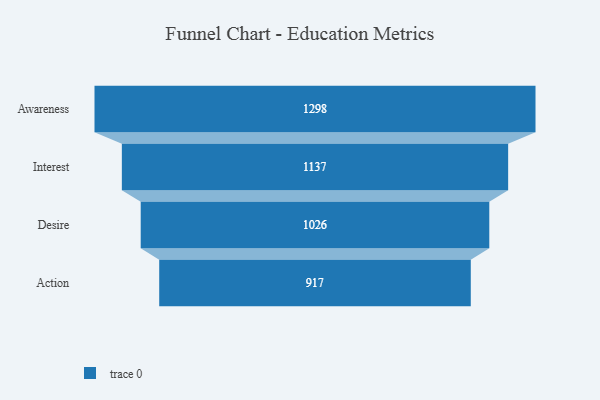
{"axis": {"x": "Stage", "y": "Value"}, "legend": [""], "data": [{"x": "Awareness", "y": 1298.0, "type": ""}, {"x": "Interest", "y": 1137.0, "type": ""}, {"x": "Desire", "y": 1026.0, "type": ""}, {"x": "Action", "y": 917.0, "type": ""}]}